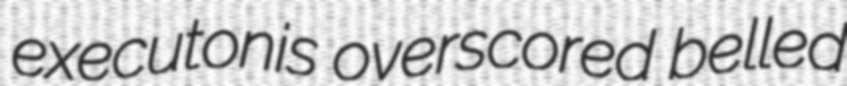
executonis overscored belled